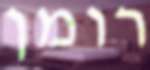
רומן